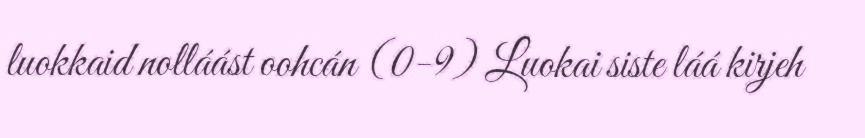
luokkaid nolláást oohcán (0-9) Luokai siste láá kirjeh